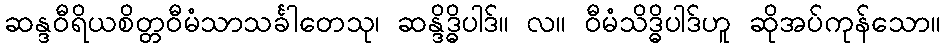
ဆန္ဒဝီရိယစိတ္တဝီမံသာသင်္ခါတေသု၊ ဆန္ဒိဒ္ဓိပါဒ်။ လ။ ဝီမံသိဒ္ဓိပါဒ်ဟူ ဆိုအပ်ကုန်သော။